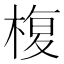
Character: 椱